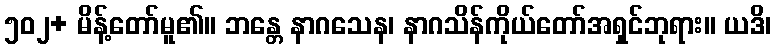
၅၀၂+ မိန့်တော်မူ၏။ ဘန္တေ နာဂသေန၊ နာဂသိန်ကိုယ်တော်အရှင်ဘုရား။ ယဒိ၊